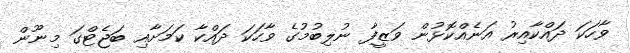
ވާހަކަ ދައްކާއިރު އަނެއްކޮޅުން ވަޒީފާ ނުލިބުމުގެ ވާހަކަ ދައްކާ ކަމަށާއި ބަޖެޓްގަ މިނޫން